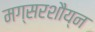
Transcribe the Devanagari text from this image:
मग्सरशौय्न